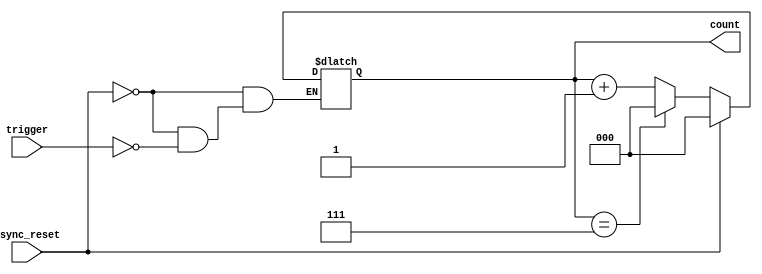
module ModN_Asynchronous_Counter (
    input wire trigger,       // Trigger input for counting
    input wire async_reset,   // Asynchronous reset input
    output reg [2:0] count    // 3-bit output for the counter (0 to 7)
);

    // Always block for asynchronous counting
    always @(*) begin
        if (async_reset) begin
            count = 3'b000;  // Reset count to 0
        end else if (trigger) begin
            if (count == 3'b111) begin
                count = 3'b000;  // Reset to 0 after reaching 7
            end else begin
                count = count + 1;  // Increment count
            end
        end
    end

endmodule